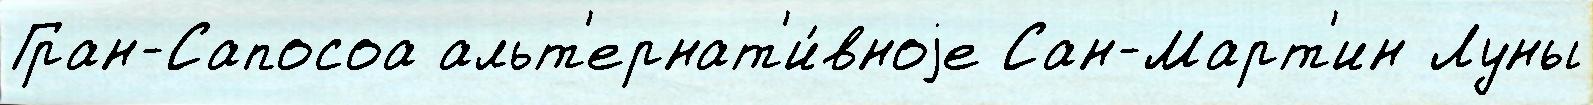
Гран-Сапосоа альт'ернат'и́вноjе Сан-Март'ин Луны